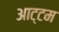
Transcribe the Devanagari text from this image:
आट्टम